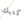
كتبك